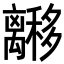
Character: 𬓟